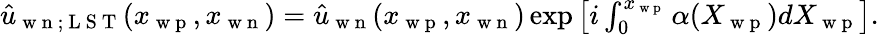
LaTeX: \begin{array}{r}{\hat{u}_{\mathrm{~w~n~};\mathrm{~L~S~T~}}(x_{\mathrm{~w~p~}},x_{\mathrm{~w~n~}})=\hat{u}_{\mathrm{~w~n~}}(x_{\mathrm{~w~p~}},x_{\mathrm{~w~n~}})\exp\left[i\int_{0}^{x_{\mathrm{~w~p~}}}\alpha(X_{\mathrm{~w~p~}})dX_{\mathrm{~w~p~}}\right].}\end{array}